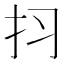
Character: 𱟬